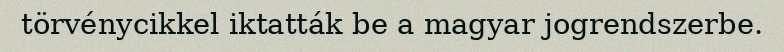
törvénycikkel iktatták be a magyar jogrendszerbe.